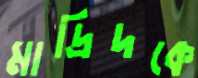
মাদ্রিদকে